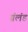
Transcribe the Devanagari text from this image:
ग्रंलंड